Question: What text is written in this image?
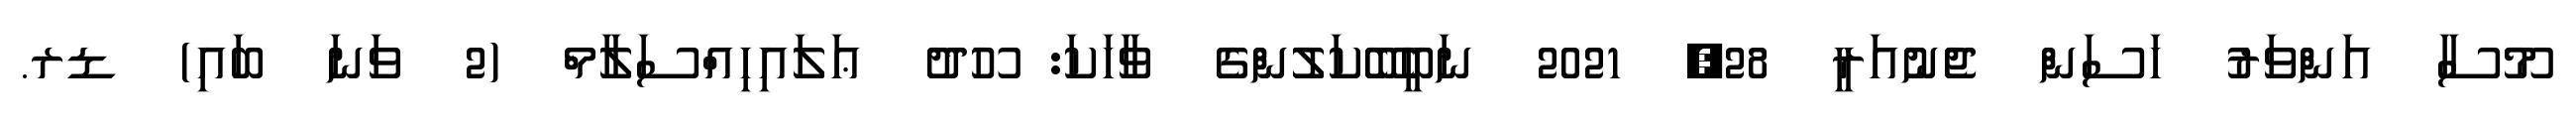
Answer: މޫސާ އަންވަރު ހަސަން ޖެނުއަރީ 28, 2021 ނަބީބޭކަލުންގެ ވާހަކަ: ހޫދު ޢަލައިހިއްސަލާމް (2 ވަނަ ބައި) ޑރ.